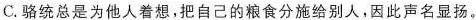
C.骆统总是为他人着想，把自己的粮食分施给别人，因此声名显扬。